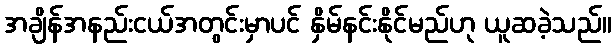
အချိန်အနည်းငယ်အတွင်းမှာပင် နှိမ်နင်းနိုင်မည်ဟု ယူဆခဲ့သည်။